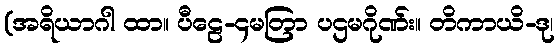
(အရိယာဂါ ထာ။ ပီဠေ-၄မတြာ ပဌမဂိုဏ်း။ တိကာယိ-ဒု၊